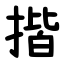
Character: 揩